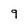
Character: 9